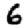
Digit: 6